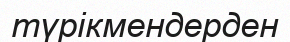
түрікмендерден